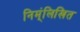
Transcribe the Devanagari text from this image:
निम्ंलिखित